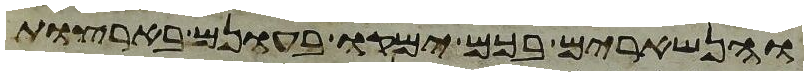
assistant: והנשארים בכם ימקו בעונם בארצות